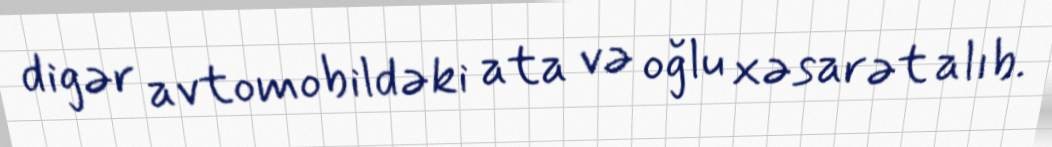
digər avtomobildəki ata və oğlu xəsarət alıb.